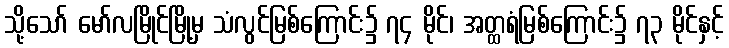
သို့သော် မော်လမြိုင်မြို့မှ သံလွင်မြစ်ကြောင်း၌ ၇၄ မိုင်၊ အတ္ထရံမြစ်ကြောင်း၌ ၇၃ မိုင်နှင့်